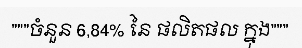
"""ចំនួន 6,84% នៃ ផលិតផល ក្នុង"""